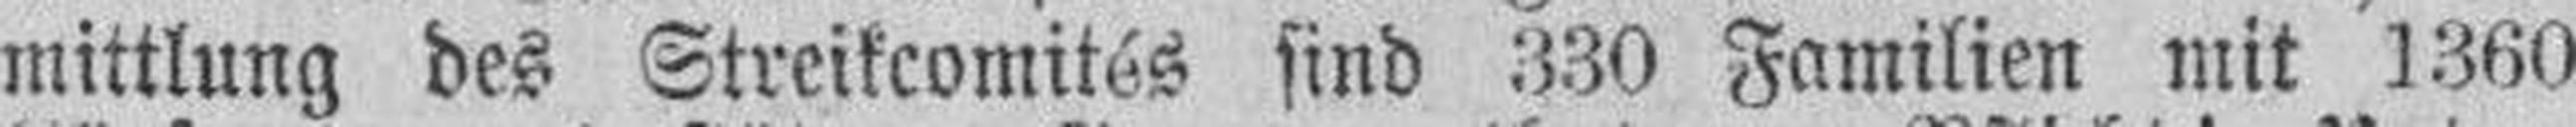
mittlung des Streikcomités sind 330 Familien mit 1360